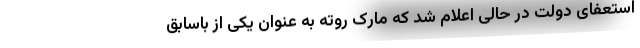
استعفای دولت در حالی اعلام شد که مارک روته به عنوان یکی از باسابق